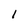
Character: l